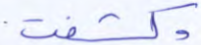
وكشفت